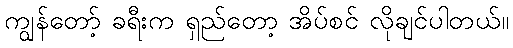
ကျွန်တော့် ခရီးက ရှည်တော့ အိပ်စင် လိုချင်ပါတယ်။